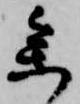
参